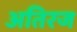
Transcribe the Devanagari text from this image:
अतिरज